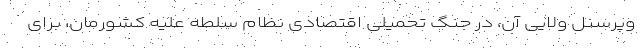
وپرسنل ولایی آن، در جنگ تحمیلی اقتصادی نظام سلطه علیه کشورمان، برای